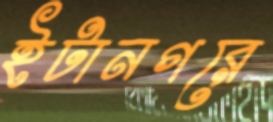
ইটানগরে